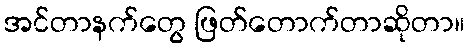
အင်တာနက်တွေ ဖြတ်တောက်တာဆိုတာ။